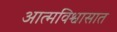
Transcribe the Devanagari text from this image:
आत्मविश्वासात